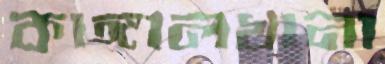
কাঙ্গালখানা